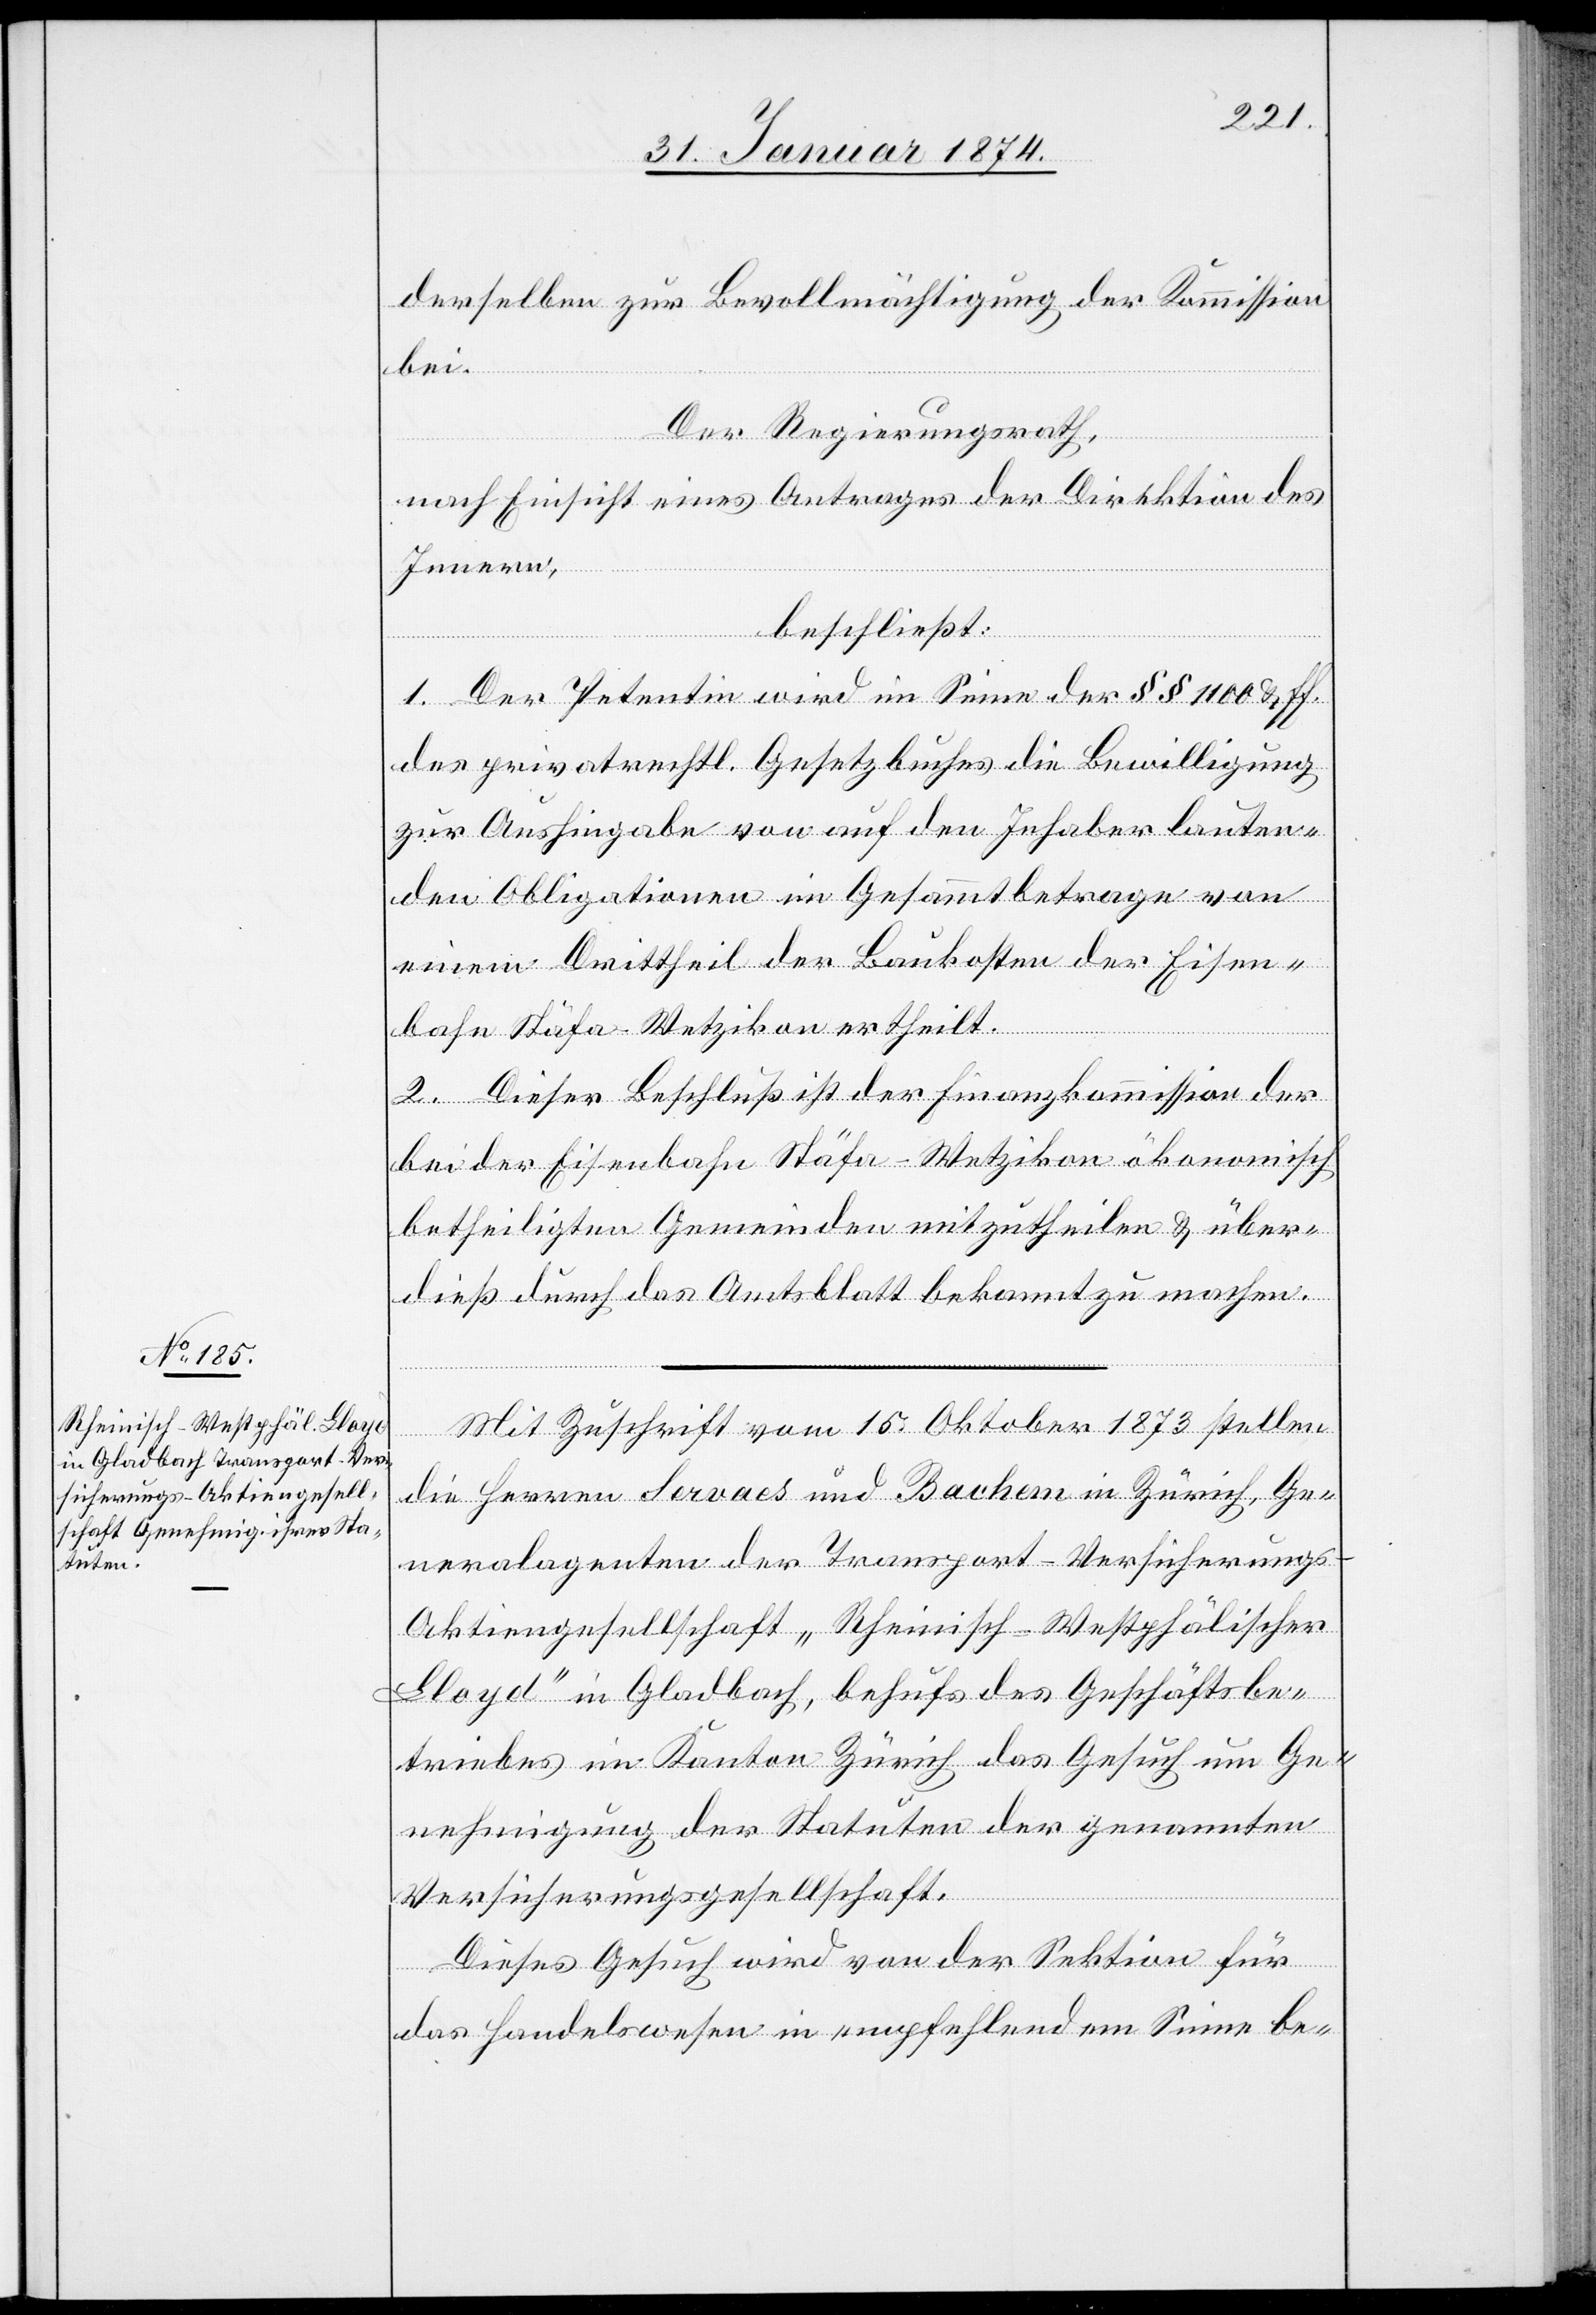
derselben zur Bevollmächtigung der Kommission
bei.
Der Regierungsrath,
nach Einsicht eines Antrages der Direktion des
Innern,
beschließt:
1. Der Petentin wird im Sinne der §§ 1100 & ff.
des privatrechtl. Gesetzbuches die Bewilligung
zur Aushingabe von auf den Inhaber lauten¬
den Obligationen im Gesammtbetrage von
einem Drittheil der Baukosten der Eisen¬
bahn Stäfa-Wetzikon ertheilt.
2. Dieser Beschluß ist der Finanzkommission der
bei der Eisenbahn Stäfa-Wetzikon ökonomisch
betheiligten Gemeinden mitzutheilen & über¬
dieß durch das Amtsblatt bekannt zu machen.
Mit Zuschrift vom 15. Oktober 1873 stellen
die Herren Servaes und Bachen in Zürich, Ge¬
neralagenten der Transport-Versicherungs-A¬
ktiengesellschaft „Rheinisch-Westphälischer
Bloyd“ in Gladbach, behufs des Geschäftsbe¬
triebes im Kanton Zürich das Gesuch um Ge¬
nehmigung der Statuten der genannten
Versicherungsgesellschaft.
Dieses Gesuch wird von der Sektion für
das Handelswesen in empfehlendem Sinne be-